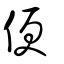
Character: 便